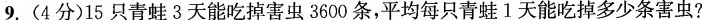
9.(4分)15只青蛙3天能吃掉害虫3600条，平均每只青蛙1天能吃掉多少条害虫?